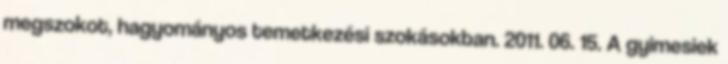
megszokot, hagyományos temetkezési szokásokban. 2011. 06. 15. A gyimesiek